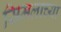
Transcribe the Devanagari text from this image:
सिमलाच्या